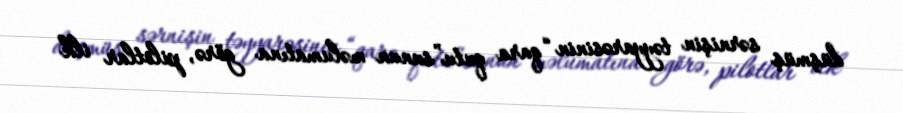
düşmüş sərnişin təyyarəsinin “qara qutu”sunun məlumatına görə, pilotlar ilk